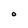
Character: O